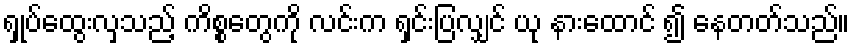
ရှုပ်ထွေးလှသည့် ကိစ္စတွေကို လင်းက ရှင်းပြလျှင် ယု နားထောင် ၍ နေတတ်သည်။